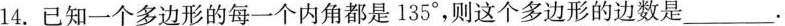
14.已知一个多边形的每一个内角都是135°，则这个多边形的边数是___.